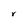
Character: r